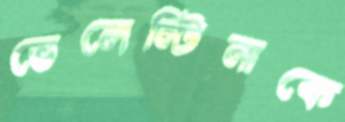
ভেলেন্টিনাকে